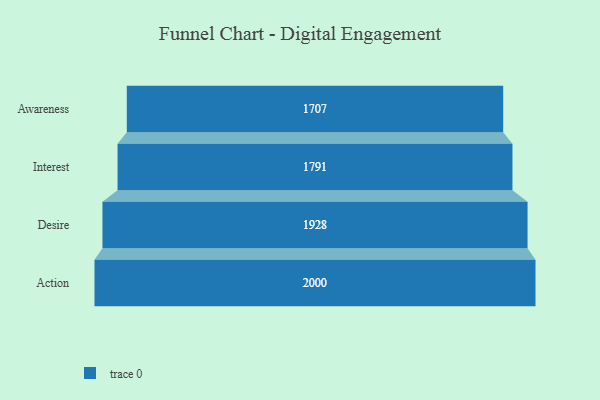
{"axis": {"x": "Stage", "y": "Value"}, "legend": [""], "data": [{"x": "Awareness", "y": 1707.0, "type": ""}, {"x": "Interest", "y": 1791.0, "type": ""}, {"x": "Desire", "y": 1928.0, "type": ""}, {"x": "Action", "y": 2000, "type": ""}]}